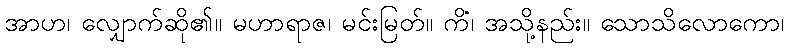
အာဟ၊ လျှောက်ဆို၏။ မဟာရာဇ၊ မင်းမြတ်။ ကိံ၊ အသို့နည်း။ သောသိလောကော၊